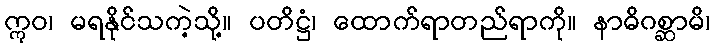
ဣဝ၊ မရနိုင်သကဲ့သို့။ ပတိဋ္ဌံ၊ ထောက်ရာတည်ရာကို။ နာဓိဂစ္ဆာမိ၊